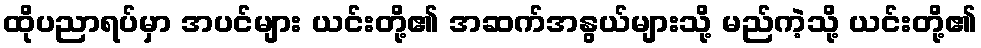
ထိုပညာရပ်မှာ အပင်များ ယင်းတို့၏ အဆက်အနွယ်များသို့ မည်ကဲ့သို့ ယင်းတို့၏